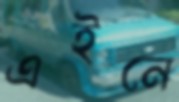
এইনে